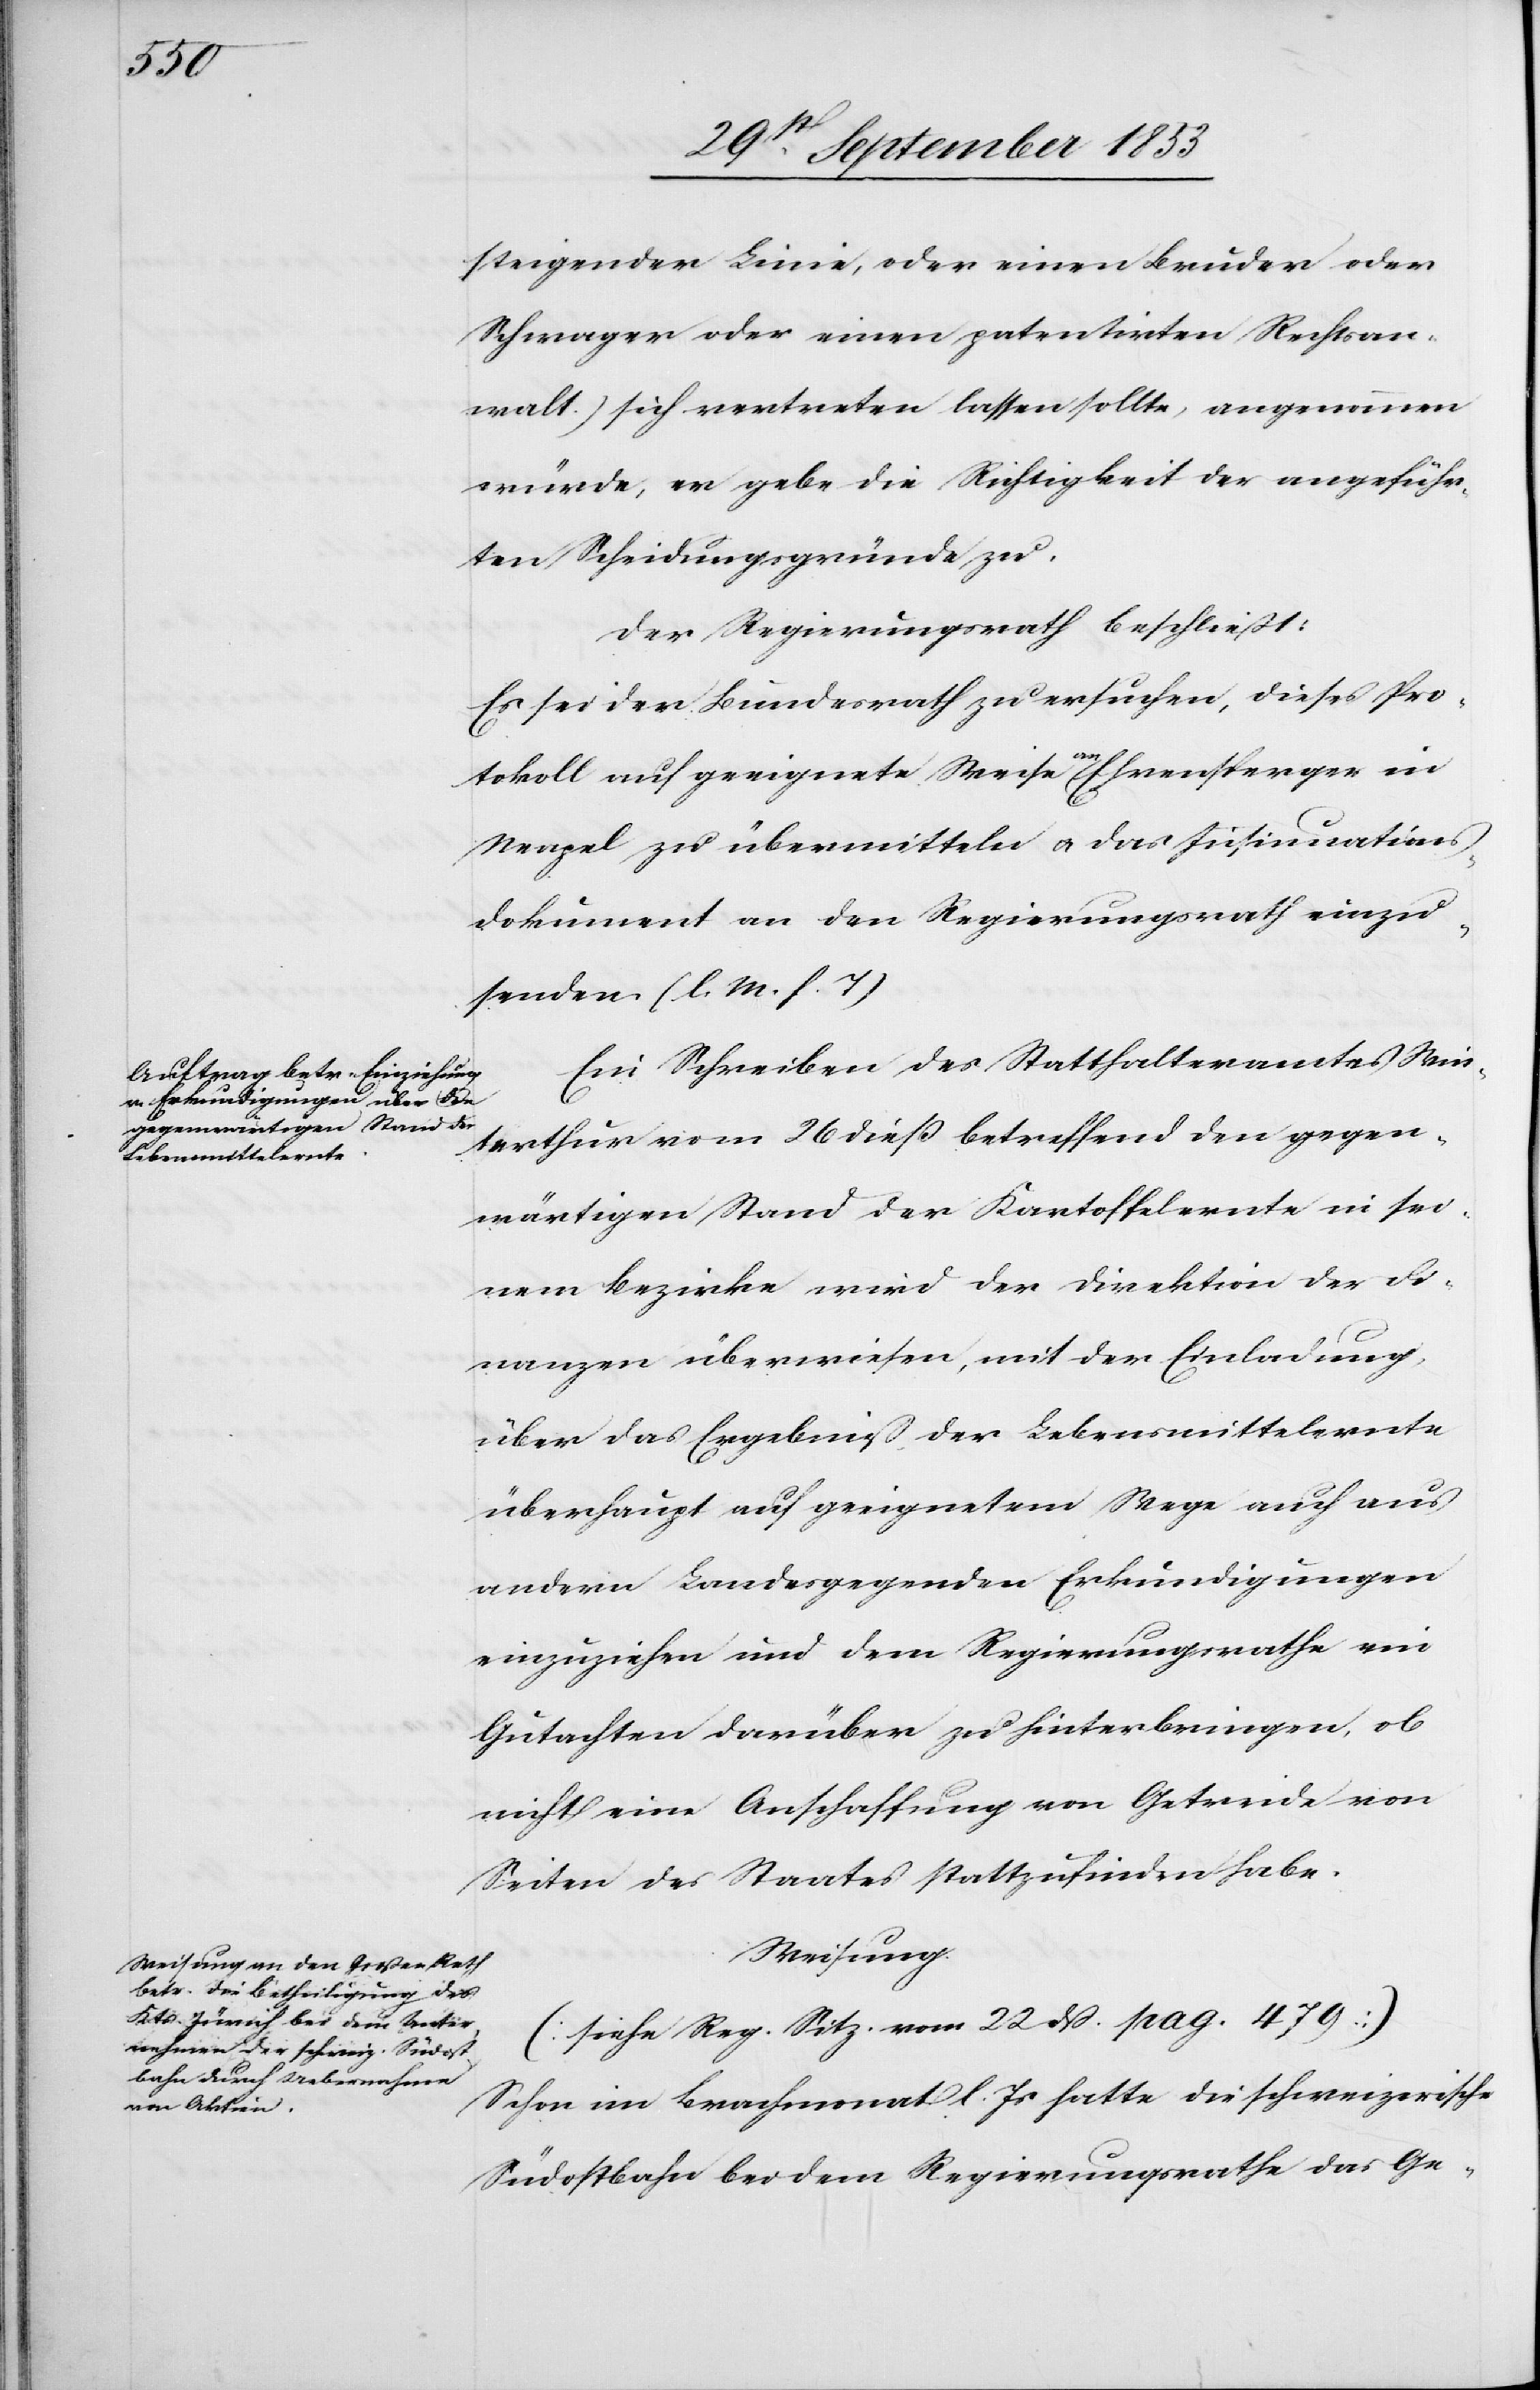
steigender Linie, oder einen Bruder oder
Schwager oder einen patentirten Rechtsan¬
walt) sich vertreten lassen sollte, angenommen
würde, er gebe die Richtigkeit der angeführ¬
ten Scheidungsgründe zu.
Der Regierungsrath beschließt:
Es sei der Bundesrath zu ersuchen, dieses Pro¬
tokoll auf geeignete Weise an Ehrensperger in
Neapel zu übermitteln u. das Insinuations¬
dokument an den Regierungsrath einzu¬
senden. [l. M. h. T]
Ein Schreiben des Statthalteramtes Win¬
terthur vom 26 dieß betreffend den gegen¬
wärtigen Stand der Kartoffelernte in sei¬
nem Bezirke wird der Direktion der Fi¬
nanzen überwiesen, mit der Einladung
über das Ergebniß der Lebensmittelernte
überhaupt auf geeignetem Wege auch aus
andern Landesgegenden Erkundigungen
einzuziehen und dem Regierungsrathe ein
Gutachten darüber zu hinterbringen, ob
nicht eine Anschaffung von Getreide von
Seiten des Staates stattzufinden habe.
Weisung
[siehe Reg. Sitz. vom 22 dß. pag. 479]
Schon im Brachmonat l. Js. hatte die schweizerische
Südostbahn bei dem Regierungsrathe das Ge-